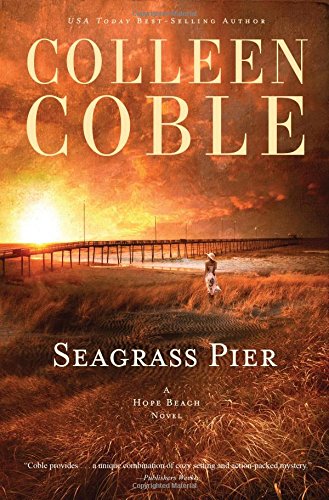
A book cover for Seagrass Pier (The Hope Beach Series); Colleen Coble; Romance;